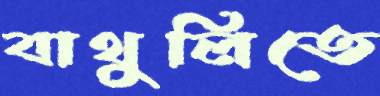
বাথুলিতে